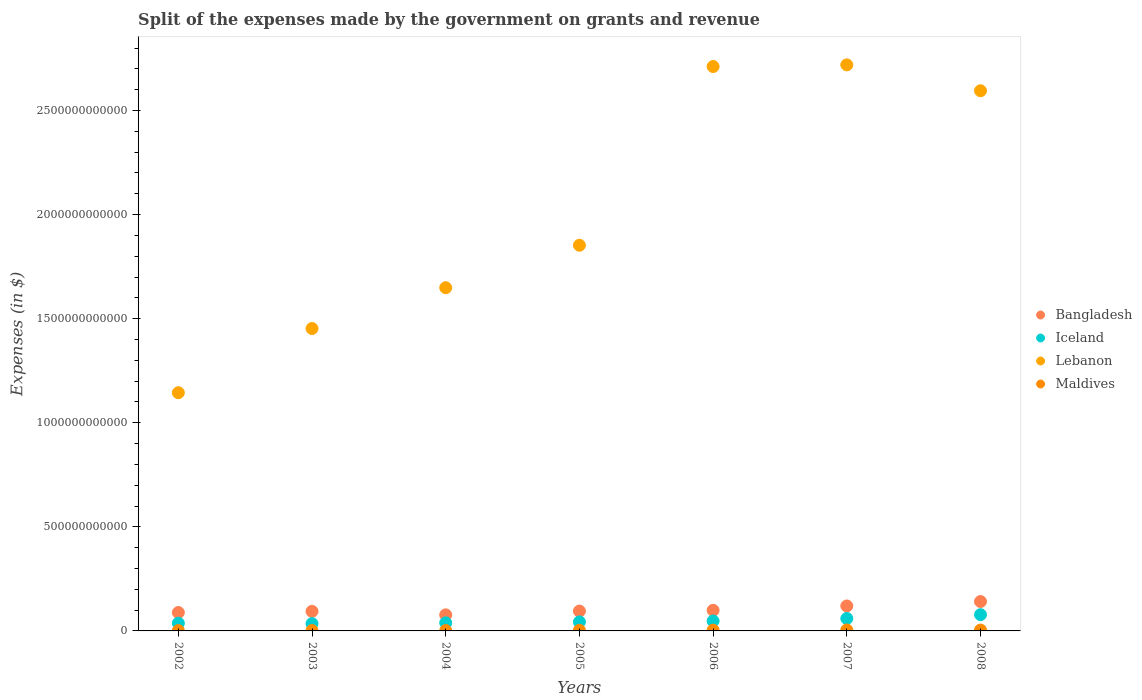
| Years | Bangladesh | Iceland | Lebanon | Maldives |
 | --- | --- | --- | --- | --- |
 | 2002 | 8.84e+10 | 3.72e+10 | 1.14e+12 | 1.62e+09 |
 | 2003 | 9.41e+10 | 3.5e+10 | 1.45e+12 | 1.79e+09 |
 | 2004 | 7.72e+10 | 3.89e+10 | 1.65e+12 | 1.76e+09 |
 | 2005 | 9.52e+10 | 4.34e+10 | 1.85e+12 | 2.86e+09 |
 | 2006 | 9.91e+10 | 4.77e+10 | 2.71e+12 | 3.73e+09 |
 | 2007 | 1.2e+11 | 5.97e+10 | 2.72e+12 | 4.63e+09 |
 | 2008 | 1.41e+11 | 7.8e+10 | 2.59e+12 | 4.05e+09 |